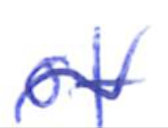
Text: of
Cross-out: wave
Writing tool: ballpoint